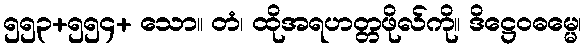
၅၅၃+၅၅၄+ သော။ တံ၊ ထိုအရဟတ္တဖိုလ်ကို။ ဒိဋ္ဌေဝဓမ္မေ၊